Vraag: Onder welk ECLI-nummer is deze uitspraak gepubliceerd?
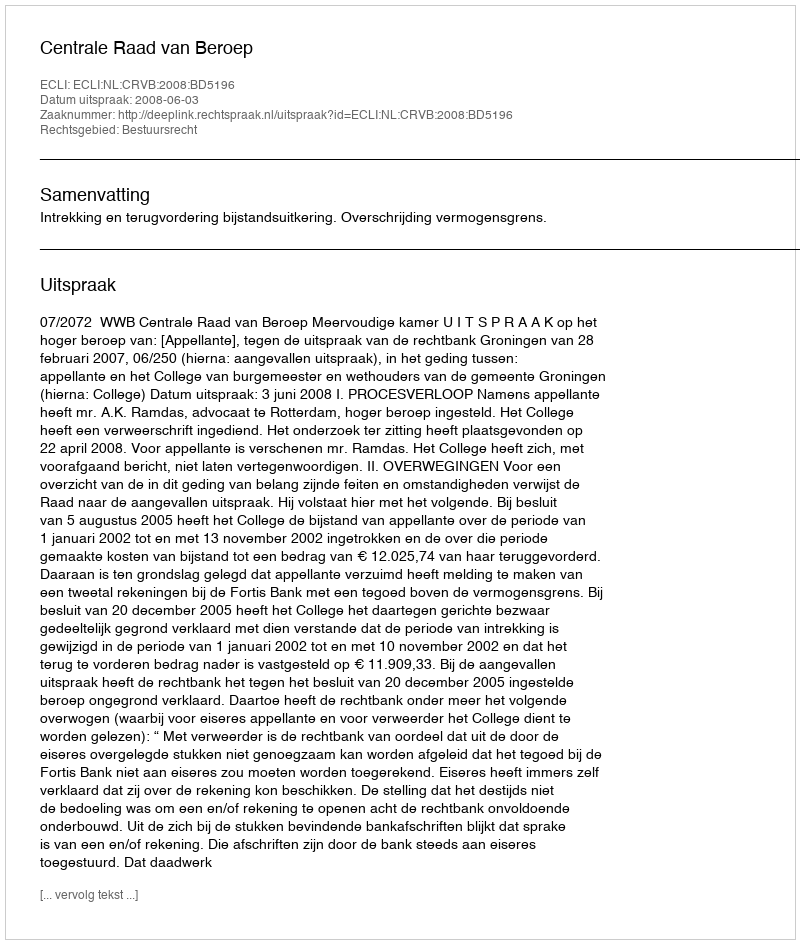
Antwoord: ECLI:NL:CRVB:2008:BD5196